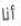
أنا